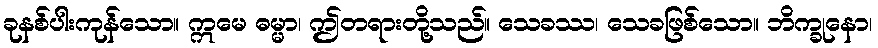
ခုနစ်ပါးကုန်သော။ ဣမေ ဓမ္မာ၊ ဤတရားတို့သည်။ သေခဿ၊ သေခဖြစ်သော။ ဘိက္ခုနော၊